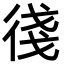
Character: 㣤